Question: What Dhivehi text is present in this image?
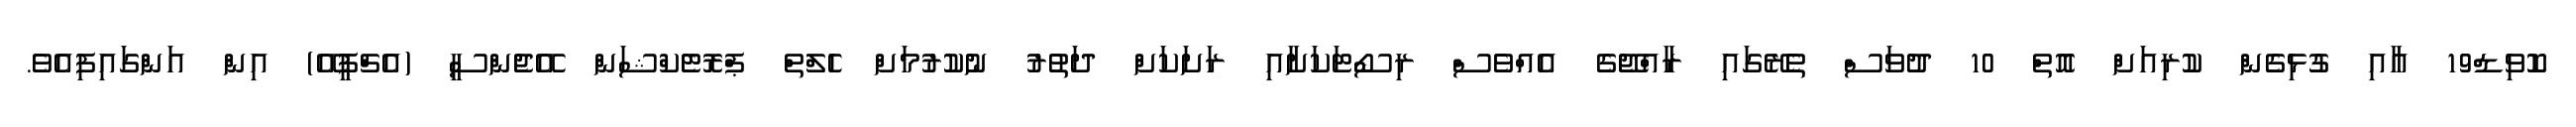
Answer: ކޮވިޑް19 އާއި ގުޅިގެން ކުރިއަށް އޮތް 10 ދުވަސް ތެރޭގައި ރާއްޖޭގެ އެއްވެސް ރިސޯޓަކަށާއި ރަށަކަށް ދަތުރު ނުކުރުމަށް ހެލްތް ޕްރޮޓެކްޝަން އޭޖެންސީ (އެޗްޕީއޭ) އިން އަންގައިފިއެވެ.